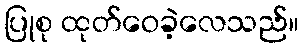
ပြုစု ထုတ်ဝေခဲ့လေသည်။